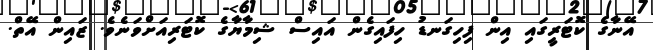
އޭނާގެ ކޮޓަރީގައި އިން ފިހިގަނޑު ހިފައިގެން އައިސް ޝިމާޔާގެ ކޮޓަރިއަށްވަނެވެ. ޒައިން އޭތް.